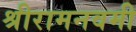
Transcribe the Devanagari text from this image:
श्रीरामनवमी